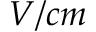
V / c m